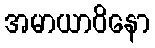
အမာယာဝိနော